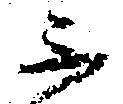
不